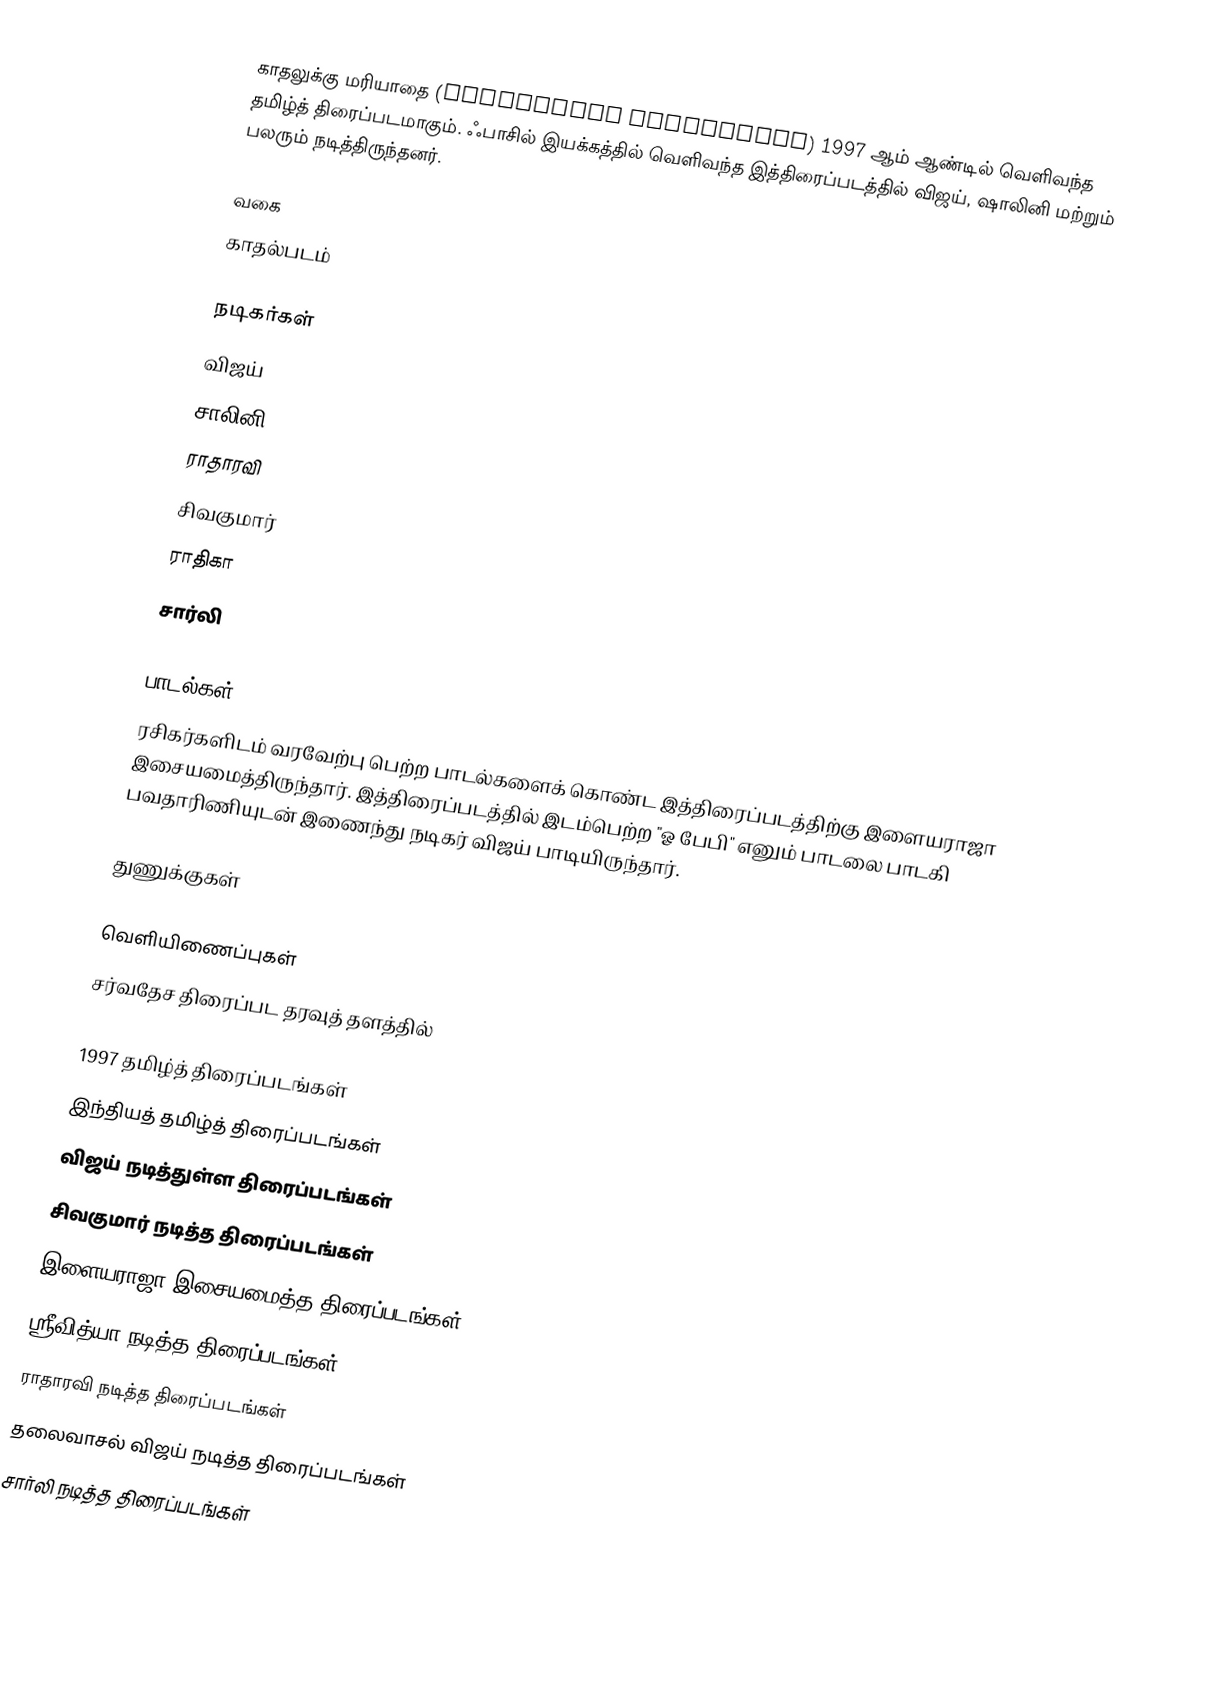
காதலுக்கு மரியாதை (Kadhalukku Mariyadhai) 1997 ஆம் ஆண்டில் வெளிவந்த தமிழ்த் திரைப்படமாகும். ஃபாசில் இயக்கத்தில் வெளிவந்த இத்திரைப்படத்தில் விஜய், ஷாலினி மற்றும் பலரும் நடித்திருந்தனர்.

வகை
காதல்படம்

நடிகர்கள்
 விஜய்
 சாலினி
 ராதாரவி
 சிவகுமார்
 ராதிகா
 சார்லி

பாடல்கள்
ரசிகர்களிடம் வரவேற்பு பெற்ற பாடல்களைக் கொண்ட இத்திரைப்படத்திற்கு இளையராஜா இசையமைத்திருந்தார். இத்திரைப்படத்தில் இடம்பெற்ற "ஓ பேபி" எனும் பாடலை பாடகி பவதாரிணியுடன் இணைந்து நடிகர் விஜய் பாடியிருந்தார்.

துணுக்குகள்

வெளியிணைப்புகள்
சர்வதேச திரைப்பட தரவுத் தளத்தில்

1997 தமிழ்த் திரைப்படங்கள்
இந்தியத் தமிழ்த் திரைப்படங்கள்
விஜய் நடித்துள்ள திரைப்படங்கள்
சிவகுமார் நடித்த திரைப்படங்கள்
இளையராஜா இசையமைத்த திரைப்படங்கள்
ஸ்ரீவித்யா நடித்த திரைப்படங்கள்
ராதாரவி நடித்த திரைப்படங்கள்
தலைவாசல் விஜய் நடித்த திரைப்படங்கள்
சார்லி நடித்த திரைப்படங்கள்